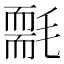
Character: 𣰄